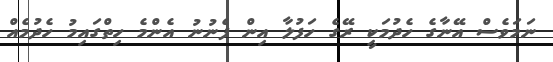
ނަމަވެސް އޭނާގެ ހެދުމަކީ ރޭގެ ހަފުލާ އިން ފެނުނު އެންމެ ހިތްގައިމު ހެދުމެއް